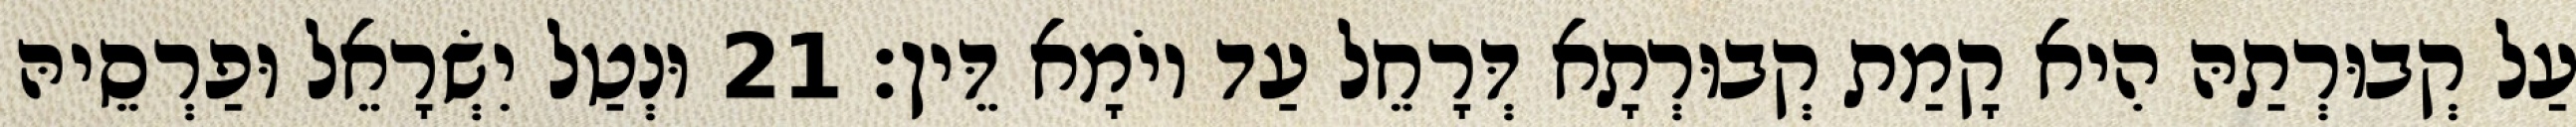
עַל קְבוּרְתַהּ הִיא קָמַת קְבוּרְתָא דְּרָחֵל עַד יוֹמָא דֵּין׃ 21 וּנְטַל יִשְׂרָאֵל וּפַרְסֵיהּ